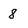
Character: 8